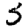
Digit: 5